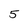
Character: 5